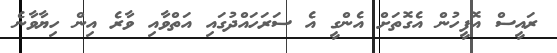
ރައީސް އޮފީހުން އެގޮތަށް އެންގީ އެ ސަރަހައްދުގައި އަތްވާއި ވާރެ އިން ހިޔާވާނެ